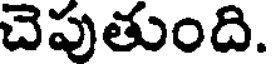
చెపుతుంది.